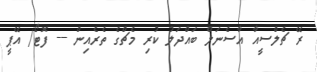
ރޭ ޗެލްސީއާ އާސެނަލް ބައްދަލު ކުރި މެޗްގެ ތެރެއިން --- ފޮޓޯ/ އޭޕީ